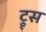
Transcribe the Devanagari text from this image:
ट्रूस